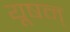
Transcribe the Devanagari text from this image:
यूषन्